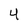
Character: 4